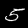
Label: 5